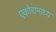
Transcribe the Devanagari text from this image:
एकोरामाध्य